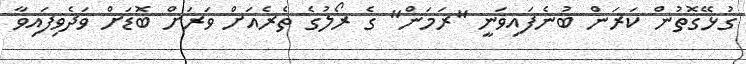
ގުޅޭގޮތުން ކަރަން ބުނެފައިވަނީ "ރަމަން" ގެ ރޯލުގެ ތެރެއަށް ވަރަށް ބޮޑަށް ވަދެވިފައިވާ